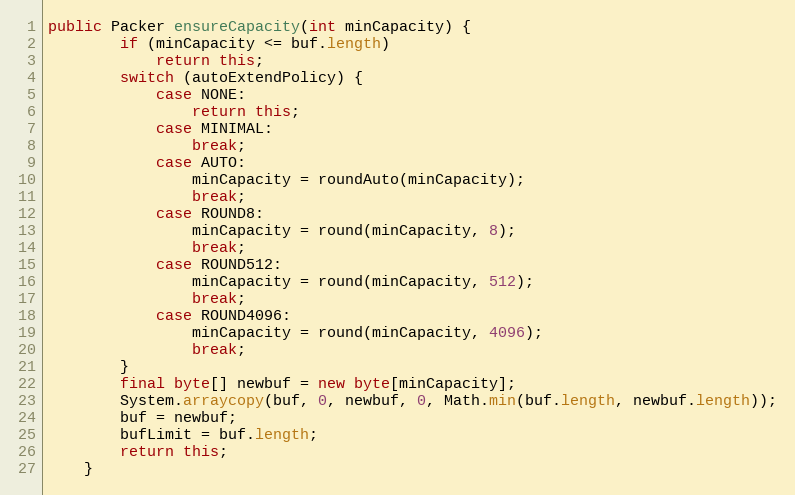
Language: Java
public Packer ensureCapacity(int minCapacity) {
		if (minCapacity <= buf.length)
			return this;
		switch (autoExtendPolicy) {
			case NONE:
				return this;
			case MINIMAL:
				break;
			case AUTO:
				minCapacity = roundAuto(minCapacity);
				break;
			case ROUND8:
				minCapacity = round(minCapacity, 8);
				break;
			case ROUND512:
				minCapacity = round(minCapacity, 512);
				break;
			case ROUND4096:
				minCapacity = round(minCapacity, 4096);
				break;
		}
		final byte[] newbuf = new byte[minCapacity];
		System.arraycopy(buf, 0, newbuf, 0, Math.min(buf.length, newbuf.length));
		buf = newbuf;
		bufLimit = buf.length;
		return this;
	}